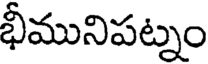
భీమునిపట్నం